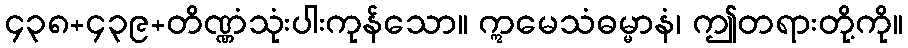
၄၃၈+၄၃၉+တိဏ္ဏံသုံးပါးကုန်သော။ ဣမေသံဓမ္မာနံ၊ ဤတရားတို့ကို။